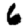
Digit: 6